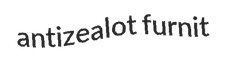
antizealot furnit